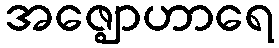
အဇ္ဈောဟာရေ